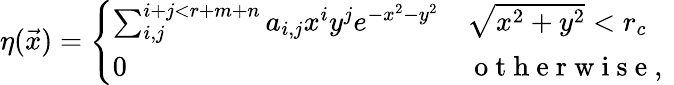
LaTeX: \begin{array}{r}{\eta(\vec{x})=\left\{ \begin{array}{ll}{\sum_{i,j}^{i+j<r+m+n}a_{i,j}x^{i}y^{j}e^{-x^{2}-y^{2}}}&{\sqrt{x^{2}+y^{2}}<r_{c}}\\ {0}&{\mathrm{~o~t~h~e~r~w~i~s~e~,~}}\end{array}\right.}\end{array}